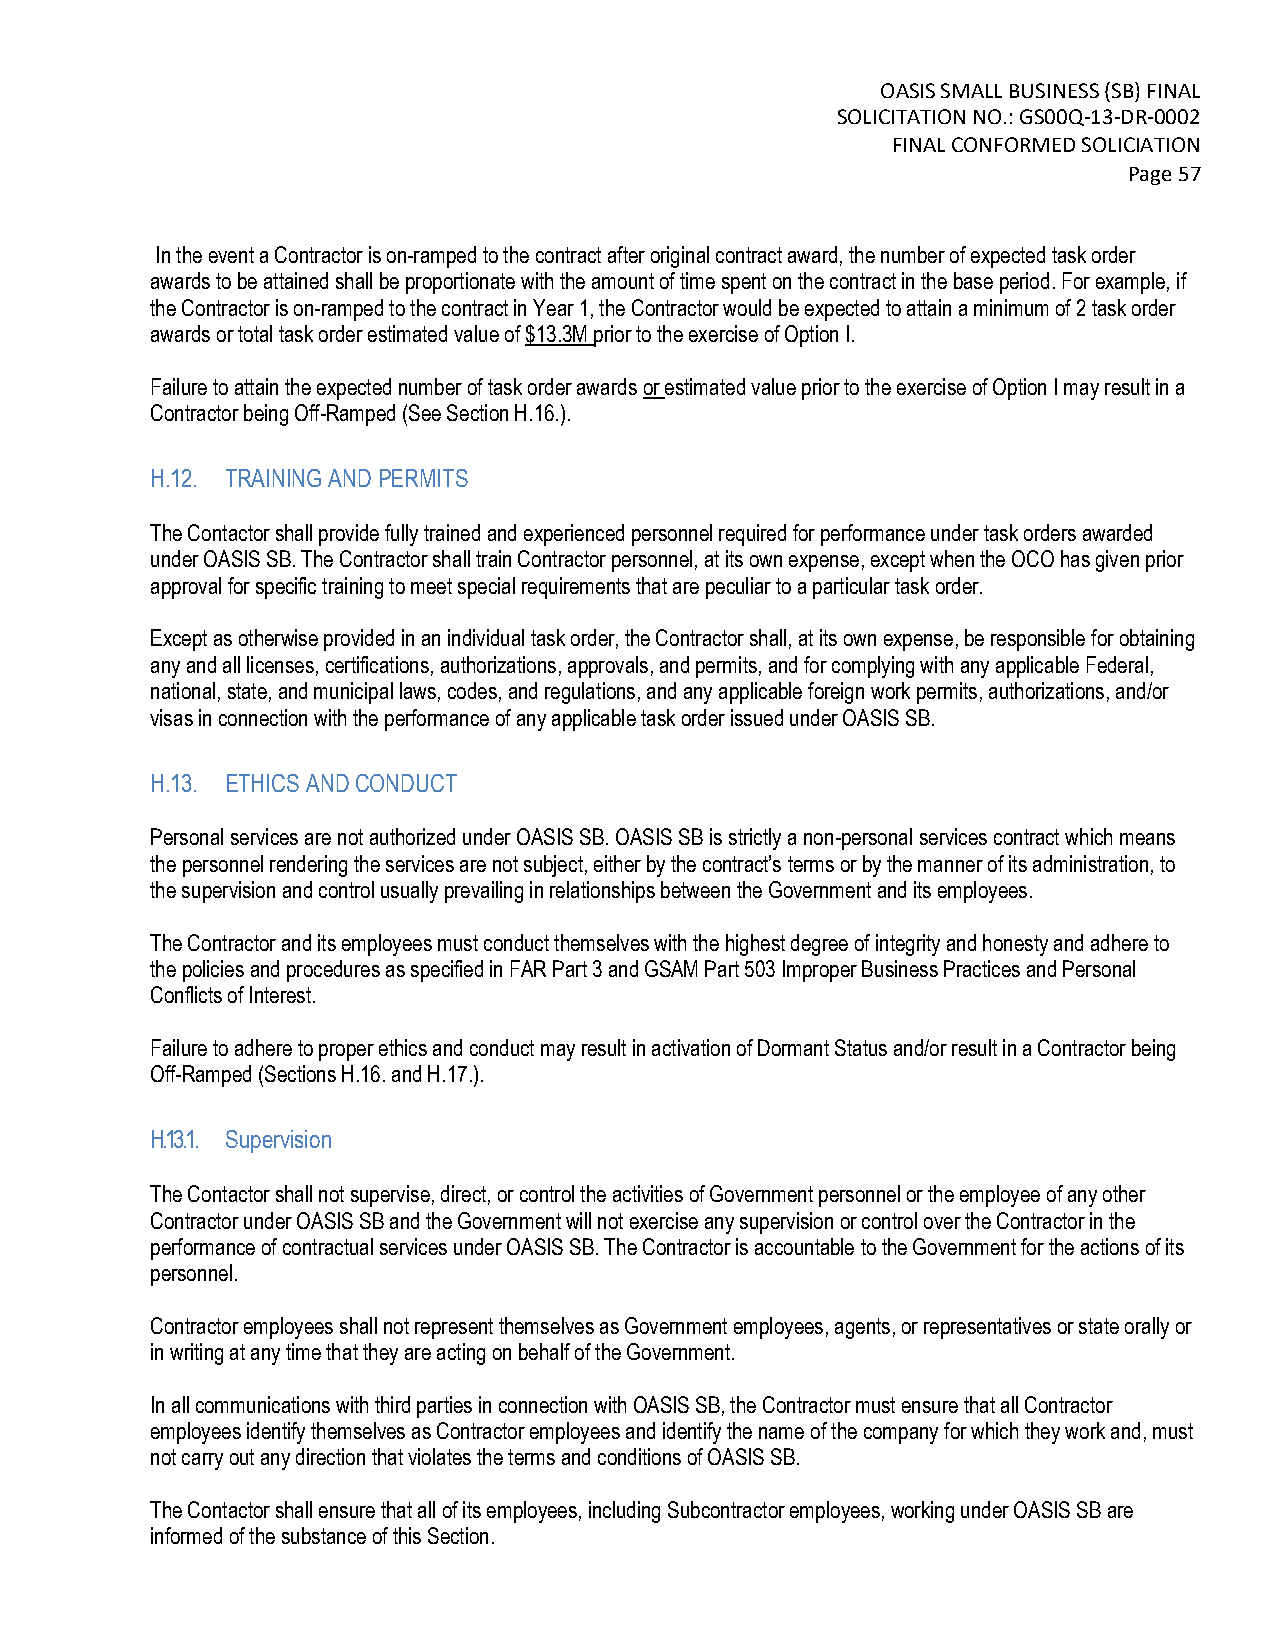
OASIS SMALL BUSINESS (SB) FINAL
 SOLICITATION NO.: GS00Q-13-DR-0002
 FINAL CONFORMED SOLICIATION
 Page 57
 In the event a Contractor is on-ramped to the contract after original contract award, the number of expected task order
 awards to be attained shall be proportionate with the amount of time spent on the contract in the base period. For example, if
 the Contractor is on-ramped to the contract in Year 1, the Contractor would be expected to attain a minimum of 2 task order
 awards or total task order estimated value of $13.3M prior to the exercise of Option I.
 Failure to attain the expected number of task order awards or estimated value prior to the exercise of Option I may result in a
 Contractor being Off-Ramped (See Section H.16.).
 H.12. TRAINING AND PERMITS
 The Contactor shall provide fully trained and experienced personnel required for performance under task orders awarded
 under OASIS SB. The Contractor shall train Contractor personnel, at its own expense, except when the OCO has given prior
 approval for specific training to meet special requirements that are peculiar to a particular task order.
 Except as otherwise provided in an individual task order, the Contractor shall, at its own expense, be responsible for obtaining
 any and all licenses, certifications, authorizations, approvals, and permits, and for complying with any applicable Federal,
 national, state, and municipal laws, codes, and regulations, and any applicable foreign work permits, authorizations, and/or
 visas in connection with the performance of any applicable task order issued under OASIS SB.
 H.13. ETHICS AND CONDUCT
 Personal services are not authorized under OASIS SB. OASIS SB is strictly a non-personal services contract which means
 the personnel rendering the services are not subject, either by the contract’s terms or by the manner of its administration, to
 the supervision and control usually prevailing in relationships between the Government and its employees.
 The Contractor and its employees must conduct themselves with the highest degree of integrity and honesty and adhere to
 the policies and procedures as specified in FAR Part 3 and GSAM Part 503 Improper Business Practices and Personal
 Conflicts of Interest.
 Failure to adhere to proper ethics and conduct may result in activation of Dormant Status and/or result in a Contractor being
 Off-Ramped (Sections H.16. and H.17.).
 H.13.1. Supervision
 The Contactor shall not supervise, direct, or control the activities of Government personnel or the employee of any other
 Contractor under OASIS SB and the Government will not exercise any supervision or control over the Contractor in the
 performance of contractual services under OASIS SB. The Contractor is accountable to the Government for the actions of its
 personnel.
 Contractor employees shall not represent themselves as Government employees, agents, or representatives or state orally or
 in writing at any time that they are acting on behalf of the Government.
 In all communications with third parties in connection with OASIS SB, the Contractor must ensure that all Contractor
 employees identify themselves as Contractor employees and identify the name of the company for which they work and, must
 not carry out any direction that violates the terms and conditions of OASIS SB.
 The Contactor shall ensure that all of its employees, including Subcontractor employees, working under OASIS SB are
 informed of the substance of this Section.